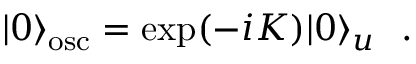
| 0 \rangle _ { \mathrm { o s c } } = \exp ( - i K ) | 0 \rangle _ { u } \ \ .